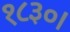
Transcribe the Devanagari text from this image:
१८३०।